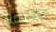
حكيمة